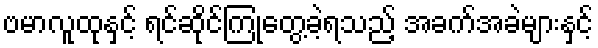
ဗမာလူထုနှင့် ရင်ဆိုင်ကြုံတွေ့ခဲ့ရသည့် အခက်အခဲများနှင့်